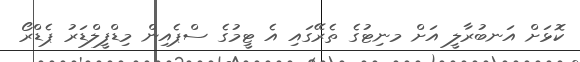
ކޮޅަށް އަނބުރާލީ އަށް މނިޓުގެ ތެރޭގައި އެ ޓީމުގެ ސްޕެއިން މިޑްފީލްޑަރު ޕެޑްރޯ